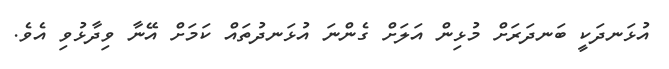
އުޅަނދަކީ ބަނދަރަށް މުޅިން އަލަށް ގެންނަ އުޅަނދުތައް ކަމަށް އޭނާ ވިދާޅުވި އެވެ.